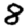
Digit: 8